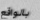
بالواقع